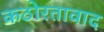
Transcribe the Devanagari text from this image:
कठोरतावाद